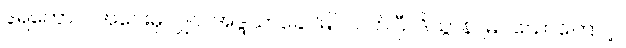
ဒူရတောဝ၊ အဝေးမှလျှင်။ အဒ္ဒသာခေါ၊ မြင်လတ်ပြီ။ ဒိသွာန၊ မြင်သောကြောင့်။